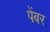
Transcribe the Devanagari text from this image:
पेंबर